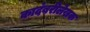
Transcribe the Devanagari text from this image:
कादंबरीलेखक